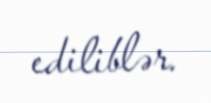
ediliblər.